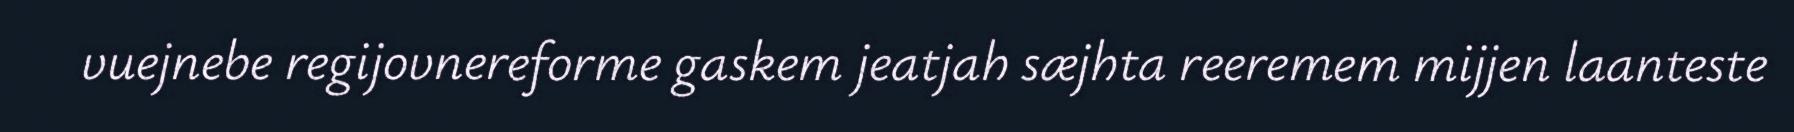
vuejnebe regijovnereforme gaskem jeatjah sæjhta reeremem mijjen laanteste